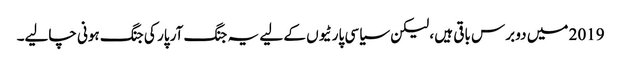
2019 میں دو برس باقی ہیں ، لیکن سیاسی پارٹیوں کے لیے یہ جنگ آر پار کی جنگ ہونی چالیے۔